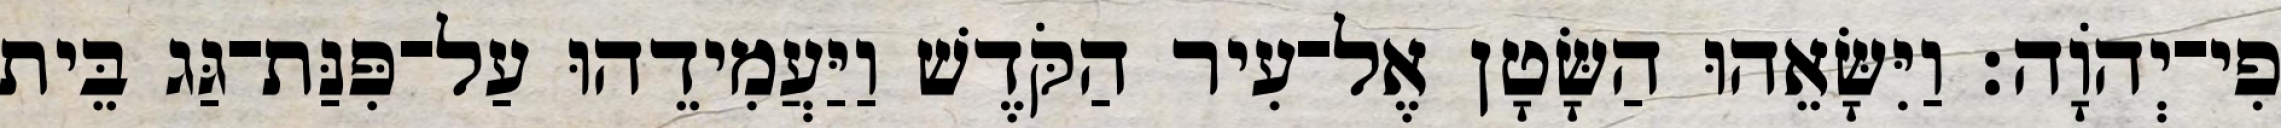
פִי־יְהוָֹה׃ וַיִּשָּׂאֵהוּ הַשָּׂטָן אֶל־עִיר הַקֹּדֶשׁ וַיַּעֲמִידֵהוּ עַל־פִּנַּת־גַּג בֵּית